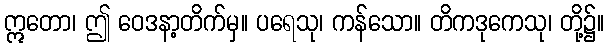
ဣတော၊ ဤ ဝေဒနာ့တိက်မှ။ ပရေသု၊ ကန်သော။ တိကဒုကေသု၊ တို့၌။